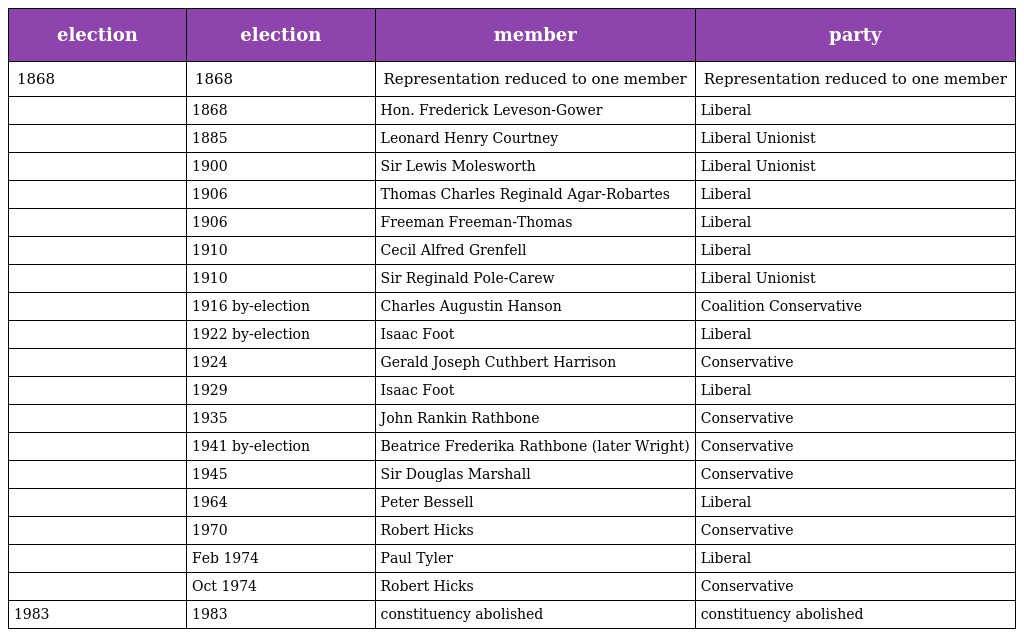
| election | election | member | party |
 | --- | --- | --- | --- |
 | 1868 | 1868 | Representation reduced to one member | Representation reduced to one member |
 |  | 1868 | Hon. Frederick Leveson-Gower | Liberal |
 |  | 1885 | Leonard Henry Courtney | Liberal Unionist |
 |  | 1900 | Sir Lewis Molesworth | Liberal Unionist |
 |  | 1906 | Thomas Charles Reginald Agar-Robartes | Liberal |
 |  | 1906 | Freeman Freeman-Thomas | Liberal |
 |  | 1910 | Cecil Alfred Grenfell | Liberal |
 |  | 1910 | Sir Reginald Pole-Carew | Liberal Unionist |
 |  | 1916 by-election | Charles Augustin Hanson | Coalition Conservative |
 |  | 1922 by-election | Isaac Foot | Liberal |
 |  | 1924 | Gerald Joseph Cuthbert Harrison | Conservative |
 |  | 1929 | Isaac Foot | Liberal |
 |  | 1935 | John Rankin Rathbone | Conservative |
 |  | 1941 by-election | Beatrice Frederika Rathbone (later Wright) | Conservative |
 |  | 1945 | Sir Douglas Marshall | Conservative |
 |  | 1964 | Peter Bessell | Liberal |
 |  | 1970 | Robert Hicks | Conservative |
 |  | Feb 1974 | Paul Tyler | Liberal |
 |  | Oct 1974 | Robert Hicks | Conservative |
 | 1983 | 1983 | constituency abolished | constituency abolished |